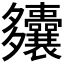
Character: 𫯚